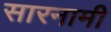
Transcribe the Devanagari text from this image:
सारनामी